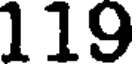
119